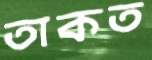
তাকত